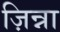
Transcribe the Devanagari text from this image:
ज़िन्ना